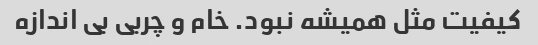
کیفیت مثل همیشه نبود. خام و چربی بی اندازه